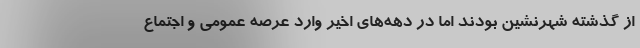
از گذشته شهرنشین بودند اما در دهه‌های اخیر وارد عرصه عمومی و اجتماع